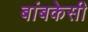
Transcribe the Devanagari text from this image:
बांबकेसी